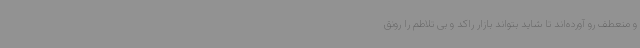
و منعطف رو آورده‌اند تا شاید بتواند بازار راکد و بی تلاطم را رونق